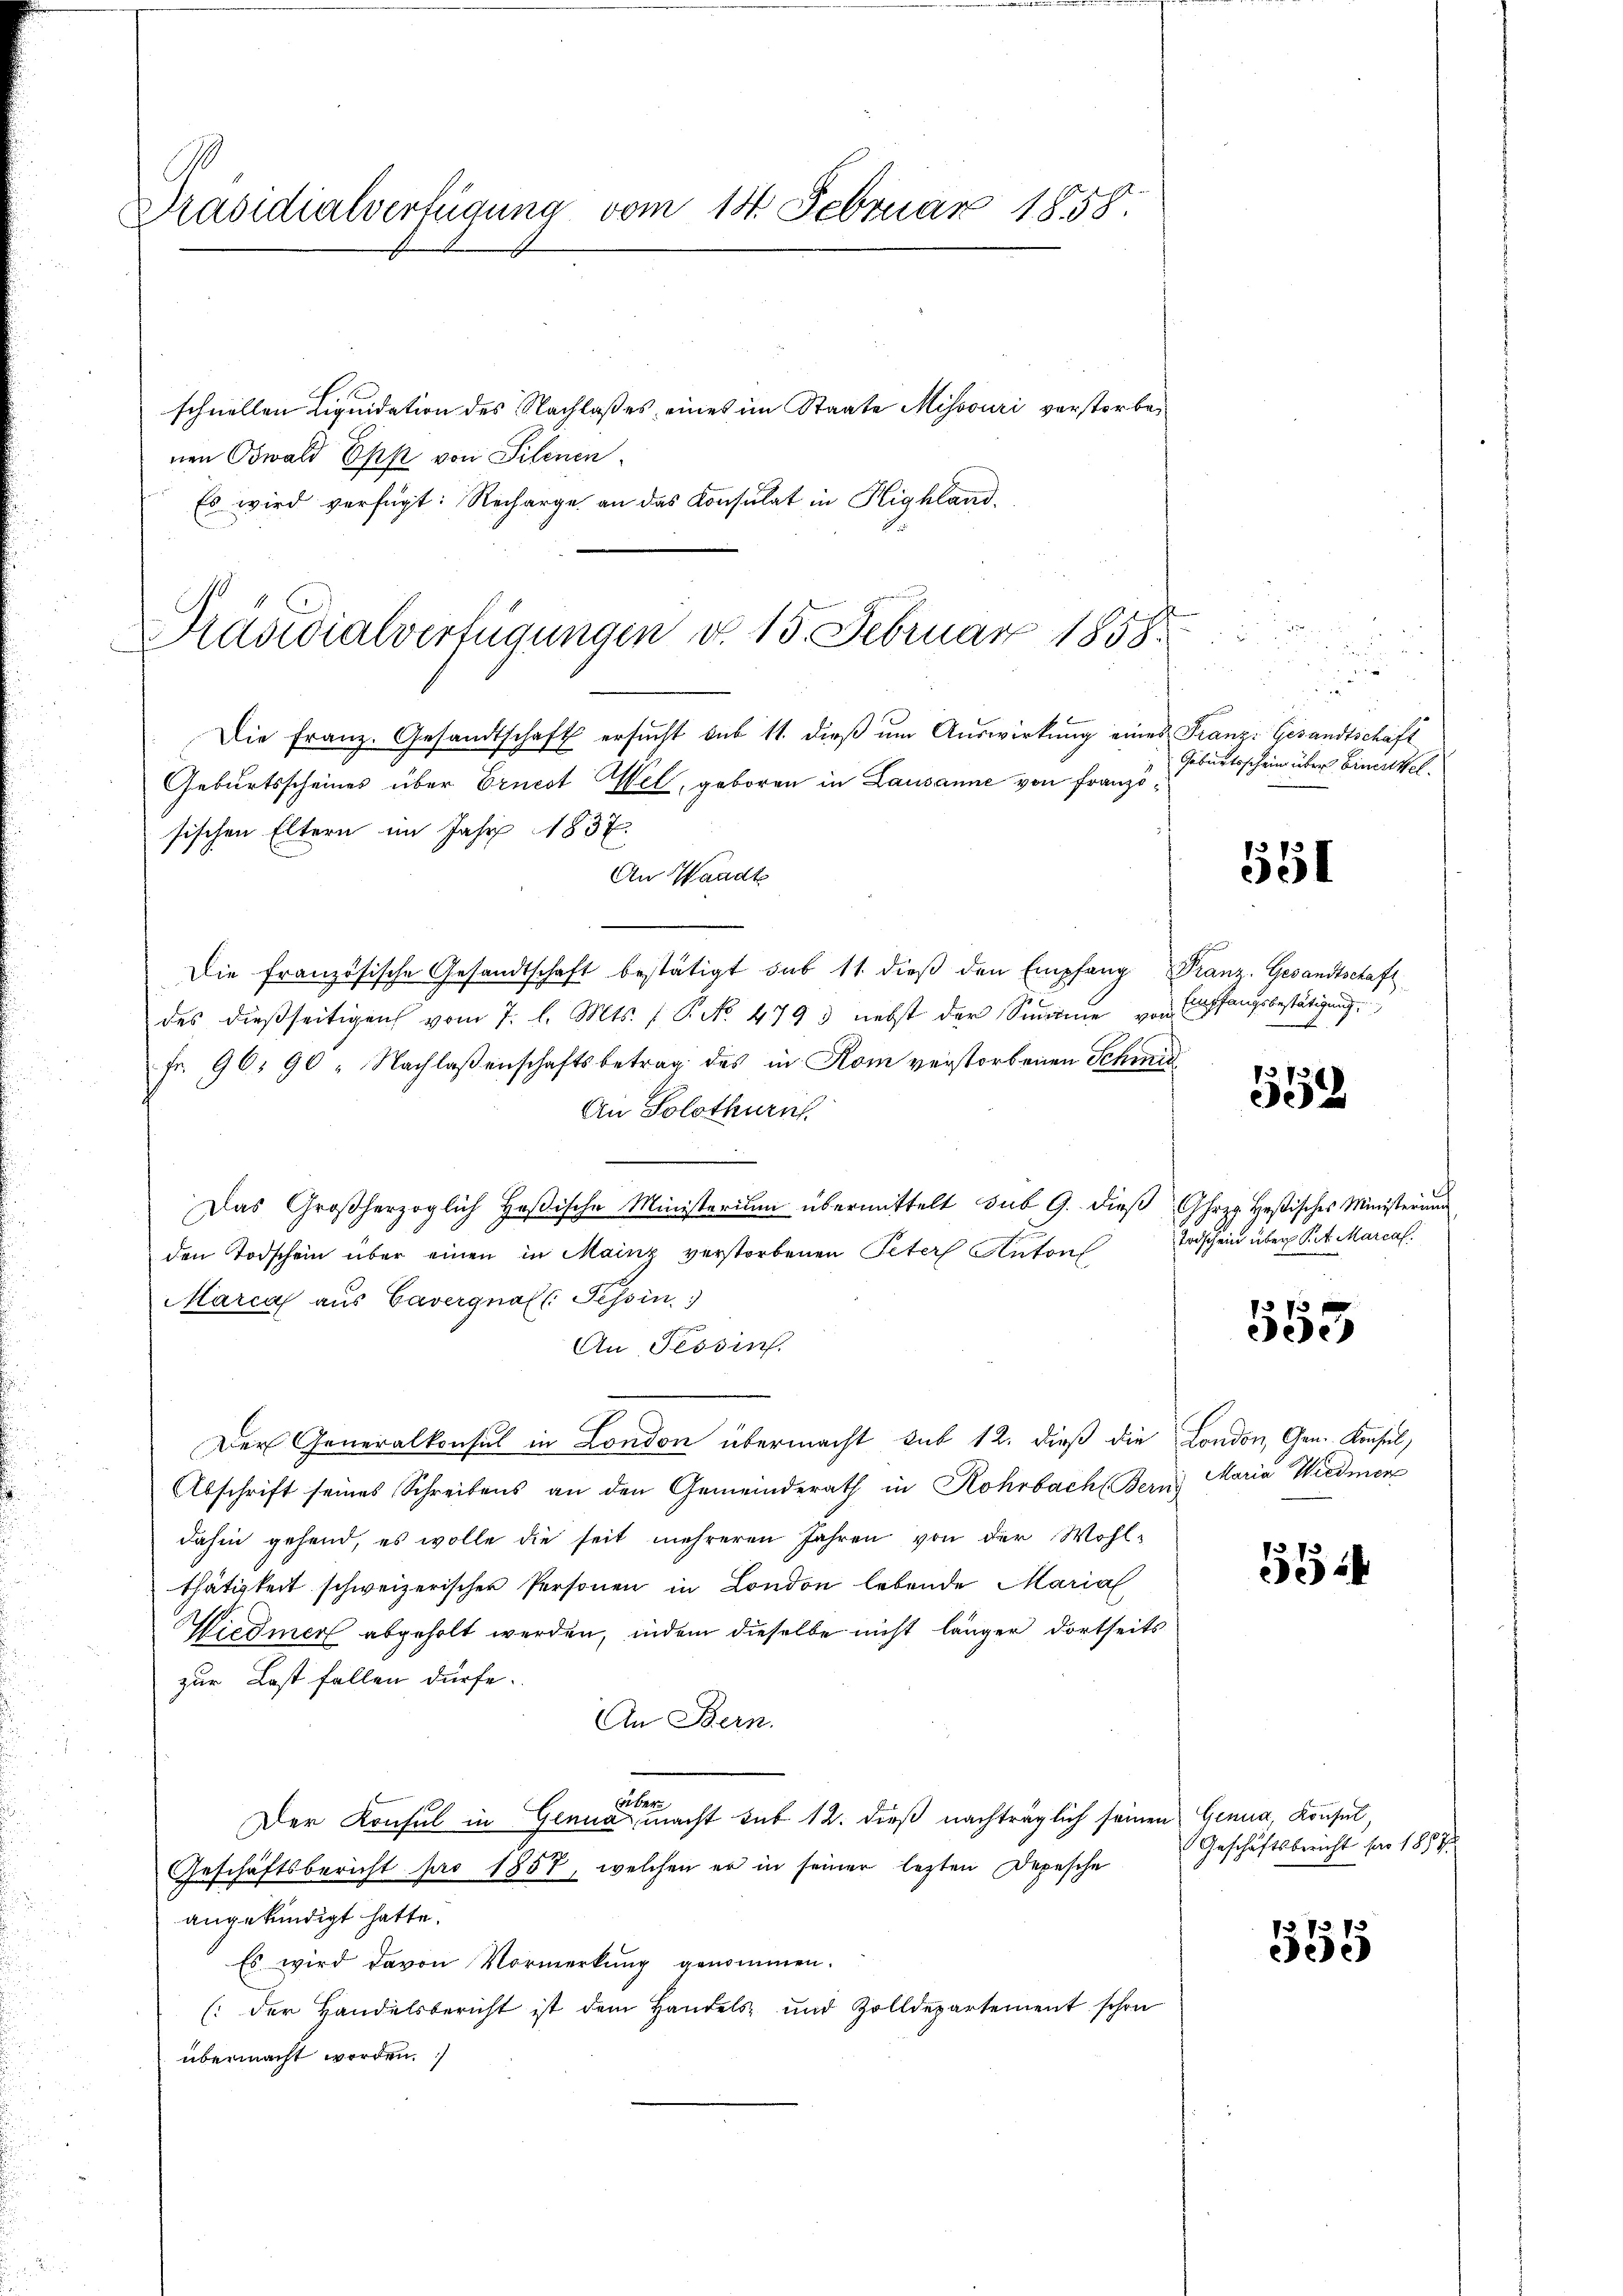
Präsidialverfügung vom 14. Februar 1858.

schnellen Liquidation des Nachlaßes, eines im Staate Missouri verstorbenen Oswald Epp von Silenen
Es wird verfügt: Recharge an das Konsulat in Highland,
Die Franz. Gesandtschaft ersucht sub 11. dieß um Auswirkung eines
Geburtsscheines über Ernest Wel, geboren in Lausanne von Französischen Eltern im Jahr 1837.
An Waadt
Die französische Gesandtschaft bestätigt sub 11. dieß den Empfang
des dießseitigen vom 7. l. Mts. (T. No. 479 nebst der Sinne vor
Fr. 96. 90 " Nachlaßenschaftsbetrag des in Rom verstorbenen Schmid
An Solothurnh
Das Großherzoglich Hoβische Ministerium übermittelt sub 9. dieβ hr. Heßisches Ministerŭng
den Todschein über einen in Mainz verstorbenen Peter Anton
Marcal aus Cavergnal: Tessin
An Tessin.
Der Generalkonsul in London übermacht sub 12. dieß die London, Gen. Konsul,
Abschrift seines Schreibens an den Gemeinderath in Rohrbach Bern
dahin gehend, es wolle die seit mehreren Jahren von der Wohlthätigkeit schweizerischer Personen in London lebende Marial
iedmer abgeholt werden, indem dieselbe nicht länger dortseits
zur Last fallen dürfe.
An Bern.
n
Der Konsul in Genua, macht sub 12. dieß nachträglich seinen Genua, Konsul,
Geschäftsbericht pro 1857, welchen er in seiner lezten Depesche
angekündigt hatte.
Es wird davon Vormerkung genommen.
(der Handelsbericht ist dem Handels- und Zolldepartement schon
übermacht worden.

Präsidialverfügungen d. 15. Februar 1858.

u
¬
u
Franz. Gesandtschäft
Geburtsschein über Einzel

551

Franz. Gesandtschaft
 Empfangsbestätigung

73 f
352

Todschein über Pet Marcal.

75
Jede

Maria Wiedmer

55

Geschäftsbericht für 1857/

555